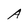
Character: A